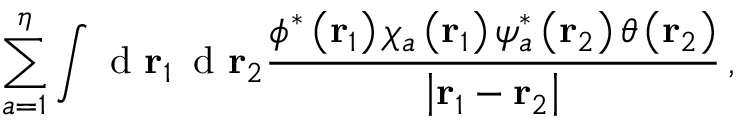
\sum _ { a = 1 } ^ { \eta } \int \textrm { d } \mathbf r _ { 1 } \, \textrm { d } \mathbf r _ { 2 } \frac { \phi ^ { * } \left( \mathbf r _ { 1 } \right) \chi _ { a } \left( \mathbf r _ { 1 } \right) \psi _ { a } ^ { * } \left( \mathbf r _ { 2 } \right) \theta \left( \mathbf r _ { 2 } \right) } { \left| \mathbf r _ { 1 } - \mathbf r _ { 2 } \right| } \, ,